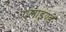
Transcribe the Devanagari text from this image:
एलाइण्ड